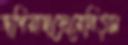
জপিয়াছস্রেব্রেনিত্স